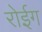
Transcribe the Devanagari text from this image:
रोईग